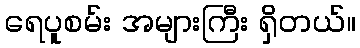
ရေပူစမ်း အများကြီး ရှိတယ်။